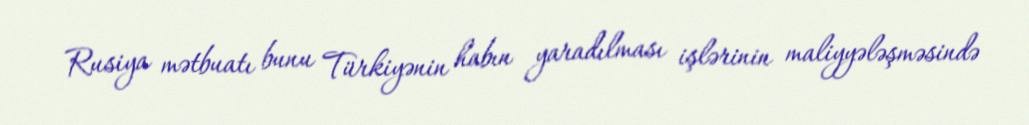
Rusiya mətbuatı bunu Türkiyənin habın yaradılması işlərinin maliyyələşməsində